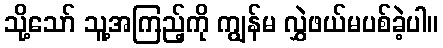
သို့သော် သူ့အကြည့်ကို ကျွန်မ လွှဲဖယ်မပစ်ခဲ့ပါ။